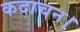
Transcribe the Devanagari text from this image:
कदाचन।